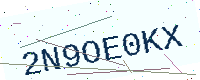
Text: 2N9OE0KX